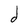
Character: d